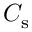
C _ { \mathrm { s } }